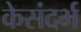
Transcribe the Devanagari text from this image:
केसंदर्भ